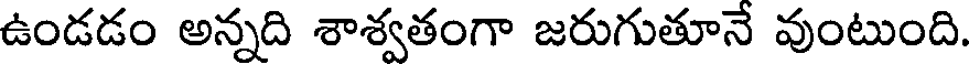
ఉండడం అన్నది శాశ్వతంగా జరుగుతూనే వుంటుంది.